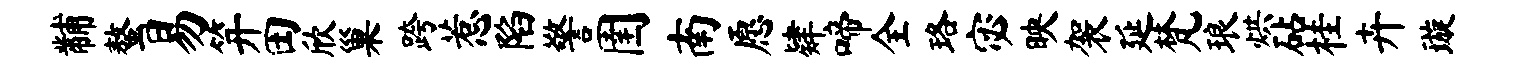
黼螯易笄田欣巢跨惹陷警圉南愿肄啼全珞宓映袈延梵琅烘砧桂卉璇